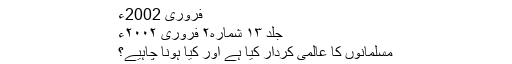
فروری 2002ء
جلد ۱۳ شمارہ۲ فروری ۲۰۰۲ء
مسلمانوں کا عالمی کردار کیا ہے اور کیا ہونا چاہیے؟